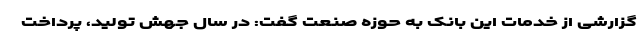
گزارشی از خدمات این بانک به حوزه صنعت گفت: در سال جهش تولید، پرداخت